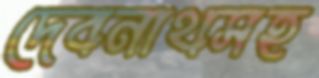
দেবনাথসহ